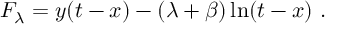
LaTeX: F _ { \lambda } = y ( t - x ) - ( \lambda + \beta ) \ln ( t - x ) ~ .